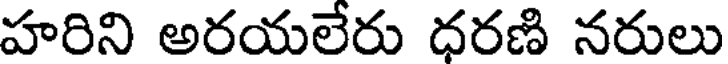
హరిని అరయలేరు ధరణి నరులు